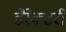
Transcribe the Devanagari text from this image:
डैरेक्टरी